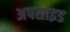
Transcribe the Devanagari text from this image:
अपसाइड